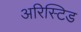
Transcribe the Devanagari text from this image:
अरिस्टिड